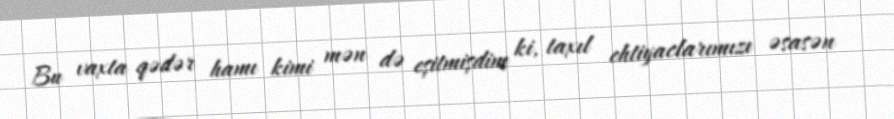
Bu vaxta qədər hamı kimi mən də eşitmişdim ki, taxıl ehtiyaclarımızı əsasən